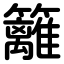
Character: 籬